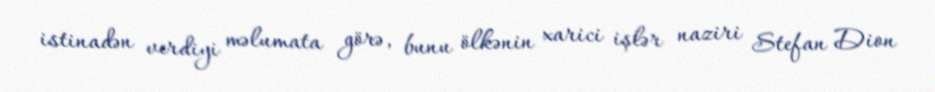
istinadən verdiyi məlumata görə, bunu ölkənin xarici işlər naziri Stefan Dion